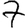
Digit: 7